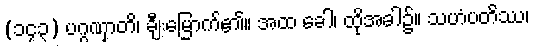
(၁၄၃) ပဂ္ဂဏှာတိ၊ ချီးမြောက်၏။ အထ ခေါ၊ ထိုအခါ၌။ သဟံပတိဿ၊